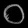
Digit: ၀